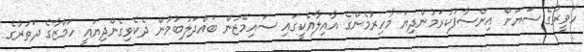
ހަވީރުގެ ސަޔަށް އިންސާފުކުރަމުންދިޔަ މާހިރުމެންގެ އާއިލާއެކީގައި ސައިމޭޒުން ބައްދަލުބުމުން ދެކެވިގެންދިޔައީ ހަމްޒާގެ ދަތުރުގެ